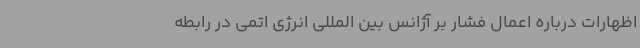
اظهارات درباره اعمال فشار بر آژانس بین المللی انرژی اتمی در رابطه